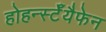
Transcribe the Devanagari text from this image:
होहर्न्स्टॅयैफेन